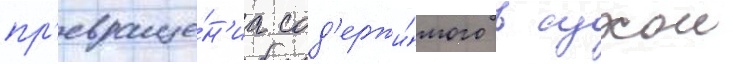
пр'евраще́н'иа сод'ержи́мого в сухои